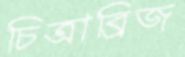
চিত্রাব্রিজ